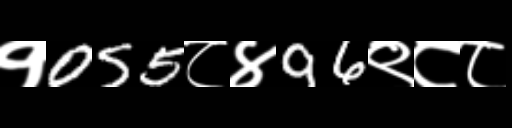
Text: १055८४96९८८